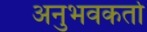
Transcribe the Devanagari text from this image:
अनुभवकर्ता